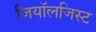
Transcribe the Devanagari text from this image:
जियॉलजिस्ट